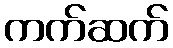
ကက်ဆက်